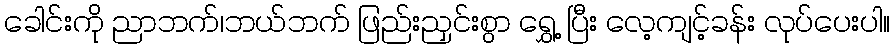
ခေါင်းကို ညာဘက်၊ဘယ်ဘက် ဖြည်းညှင်းစွာ ရွှေ့ ပြီး လေ့ကျင့်ခန်း လုပ်ပေးပါ။